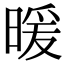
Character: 暖